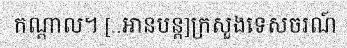
កណ្តាល។ [..អានបន្ត]ក្រសួងទេសចរណ៍